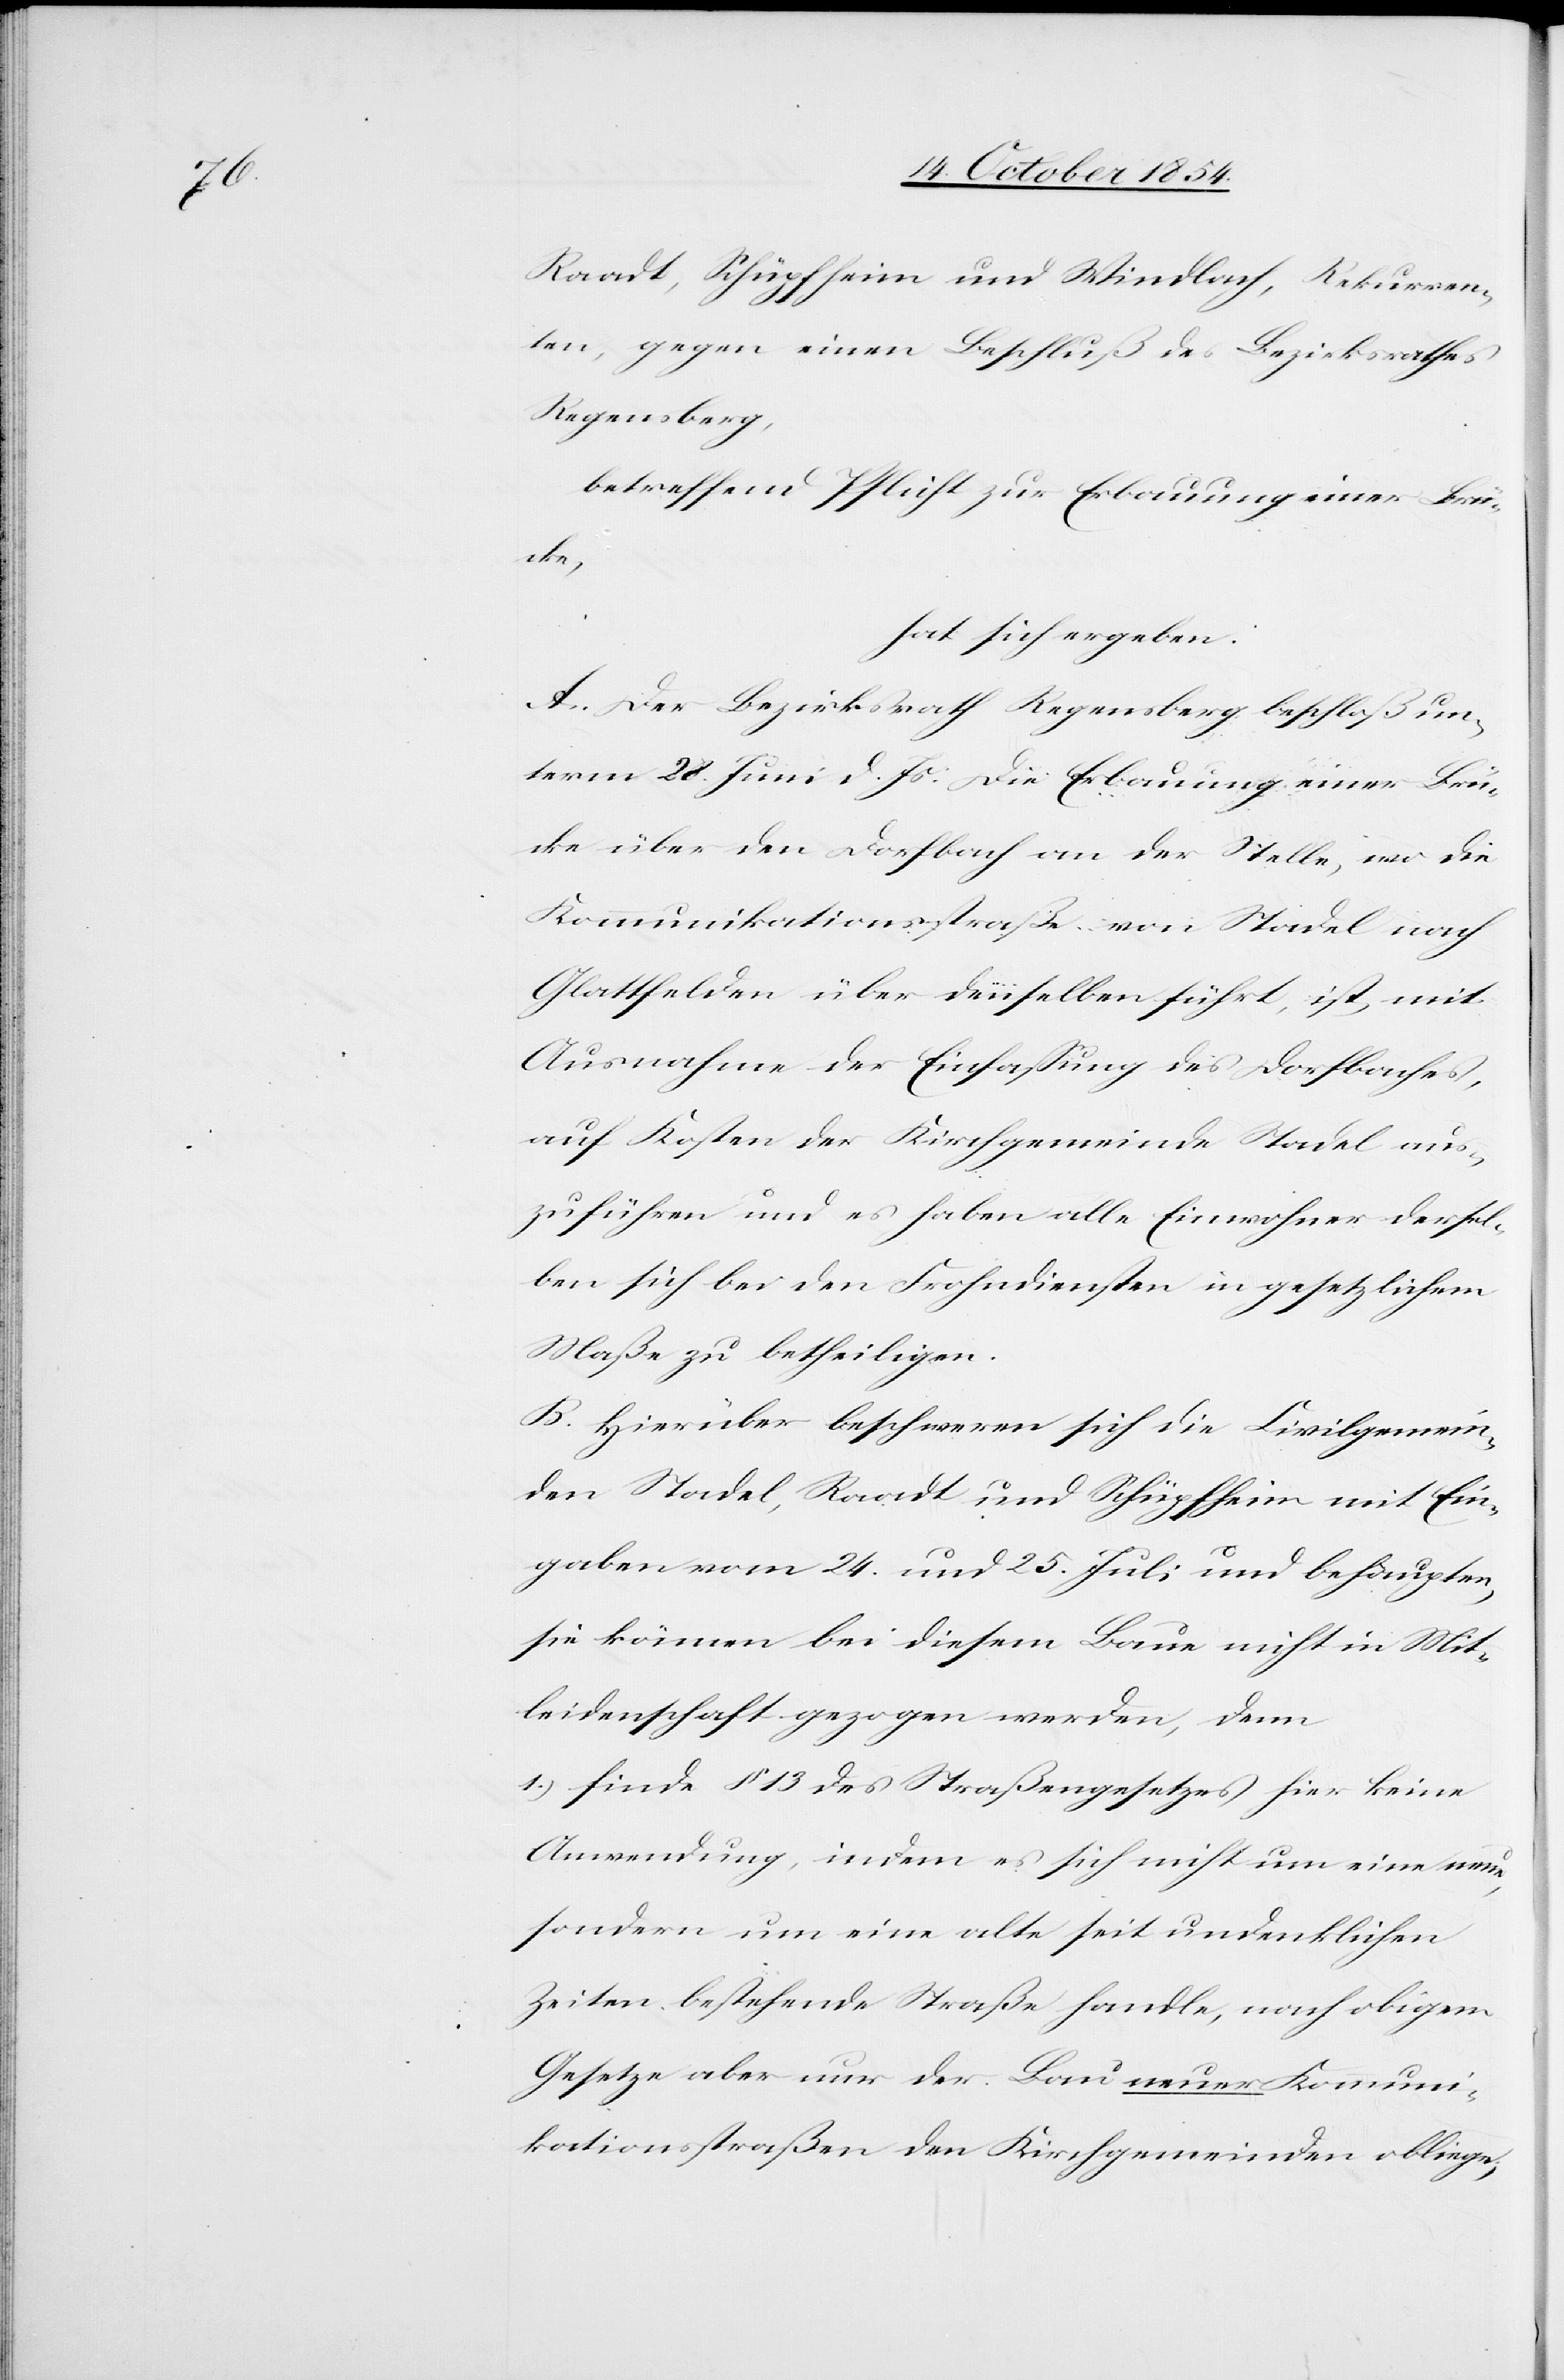
Raadt, Schüpfheim und Windlach, Rekurren¬
ten, gegen einen Beschluß des Bezirksrathes
Regensberg,
betreffend Pflicht zur Erbauung einer Brü¬
cke,
hat sich ergeben:
A. Der Bezirksrath Regensberg beschloß un¬
term 28. Juni d. Js. die Erbauung einer Brü¬
cke über den Dorfbach an der Stelle, wo die
Kommunikationsstraße von Stadel nach
Glattfelden über denselben führt, ist mit
Ausnahme der Einfaßung des Dorfbaches,
auf Kosten der Kirchgemeine Stadel aus¬
zuführen und es haben alle Einwohner dersel¬
ben sich bei den Frohndiensten in gesetzlichem
Maße zu betheiligen.
B. Hierüber beschweren sich die Civilgemein¬
den Stadel, Raadt und Schüpfheim mit Ein¬
gaben vom 24. und 25 Juli und behaupten,
sie können bei diesem Baue nicht in Mit¬
leidenschaft gezogen werden, denn
1.) finde § 13 des Straßengesetzes hier keine
Anwendung, indem es sich nicht um eine neue,
sondern um eine alte seit undenklichen
Zeiten bestehende Straße handle, nach obigem
Gesetze aber nur der Bau neuer Kommuni¬
kationsstraßen den Kirchgemeinden obliege;